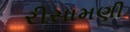
રીસામણી